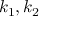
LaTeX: k _ { 1 } , k _ { 2 }